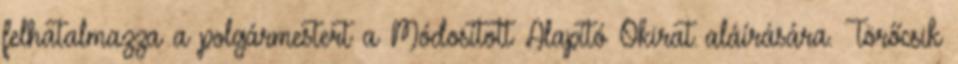
felhatalmazza a polgármestert a Módosított Alapító Okirat aláírására. Törőcsik